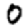
Digit: 0